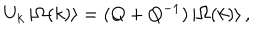
U _ { k } \left| \Omega ( k ) \right\rangle = ( Q + Q ^ { - 1 } ) \left| \Omega ( k ) \right\rangle ,